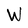
Character: W